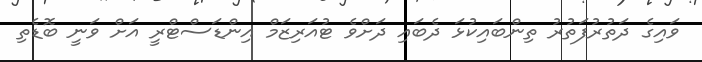
ވައިގެ ދަތުރުފަތުރު ތިންބައިކުޅަ ދެބައި ދަށްވެ ޓުއަރިޒަމް އިންޑަސްޓްރީ އަށް ވަނީ ބޮޑެތި